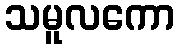
သမူလကော